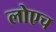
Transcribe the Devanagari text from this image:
लोएच